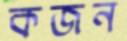
কজন